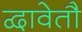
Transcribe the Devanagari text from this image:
द्वावेतौ